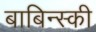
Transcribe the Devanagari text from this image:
बाबिन्स्की